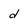
Character: d